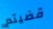
قضيتم